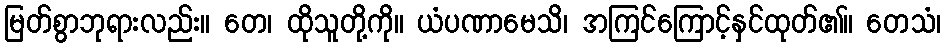
မြတ်စွာဘုရားလည်း။ တေ၊ ထိုသူတို့ကို။ ယံပဏာမေသိ၊ အကြင်ကြောင့်နှင်ထုတ်၏။ တေသံ၊